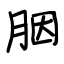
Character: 胭